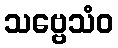
သဗ္ဗေသံဝ